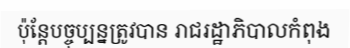
ប៉ុន្តែបច្ចុប្បន្នត្រូវបាន រាជរដ្ឋាភិបាលកំពុង